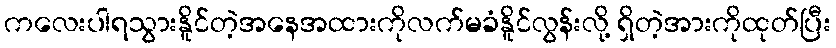
ကလေးပါရသွားနိူင်တဲ့အနေအထားကိုလက်မခံနိူင်လွန်းလို့ ရှိတဲ့အားကိုထုတ်ပြီး